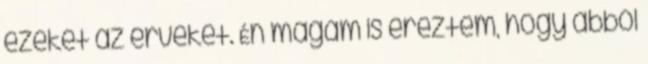
ezeket az érveket. Én magam is éreztem, hogy abból